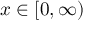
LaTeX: x \in [ 0 , \infty )